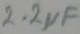
Text: 2.2µF